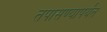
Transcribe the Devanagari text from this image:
तपासण्यापर्यंत